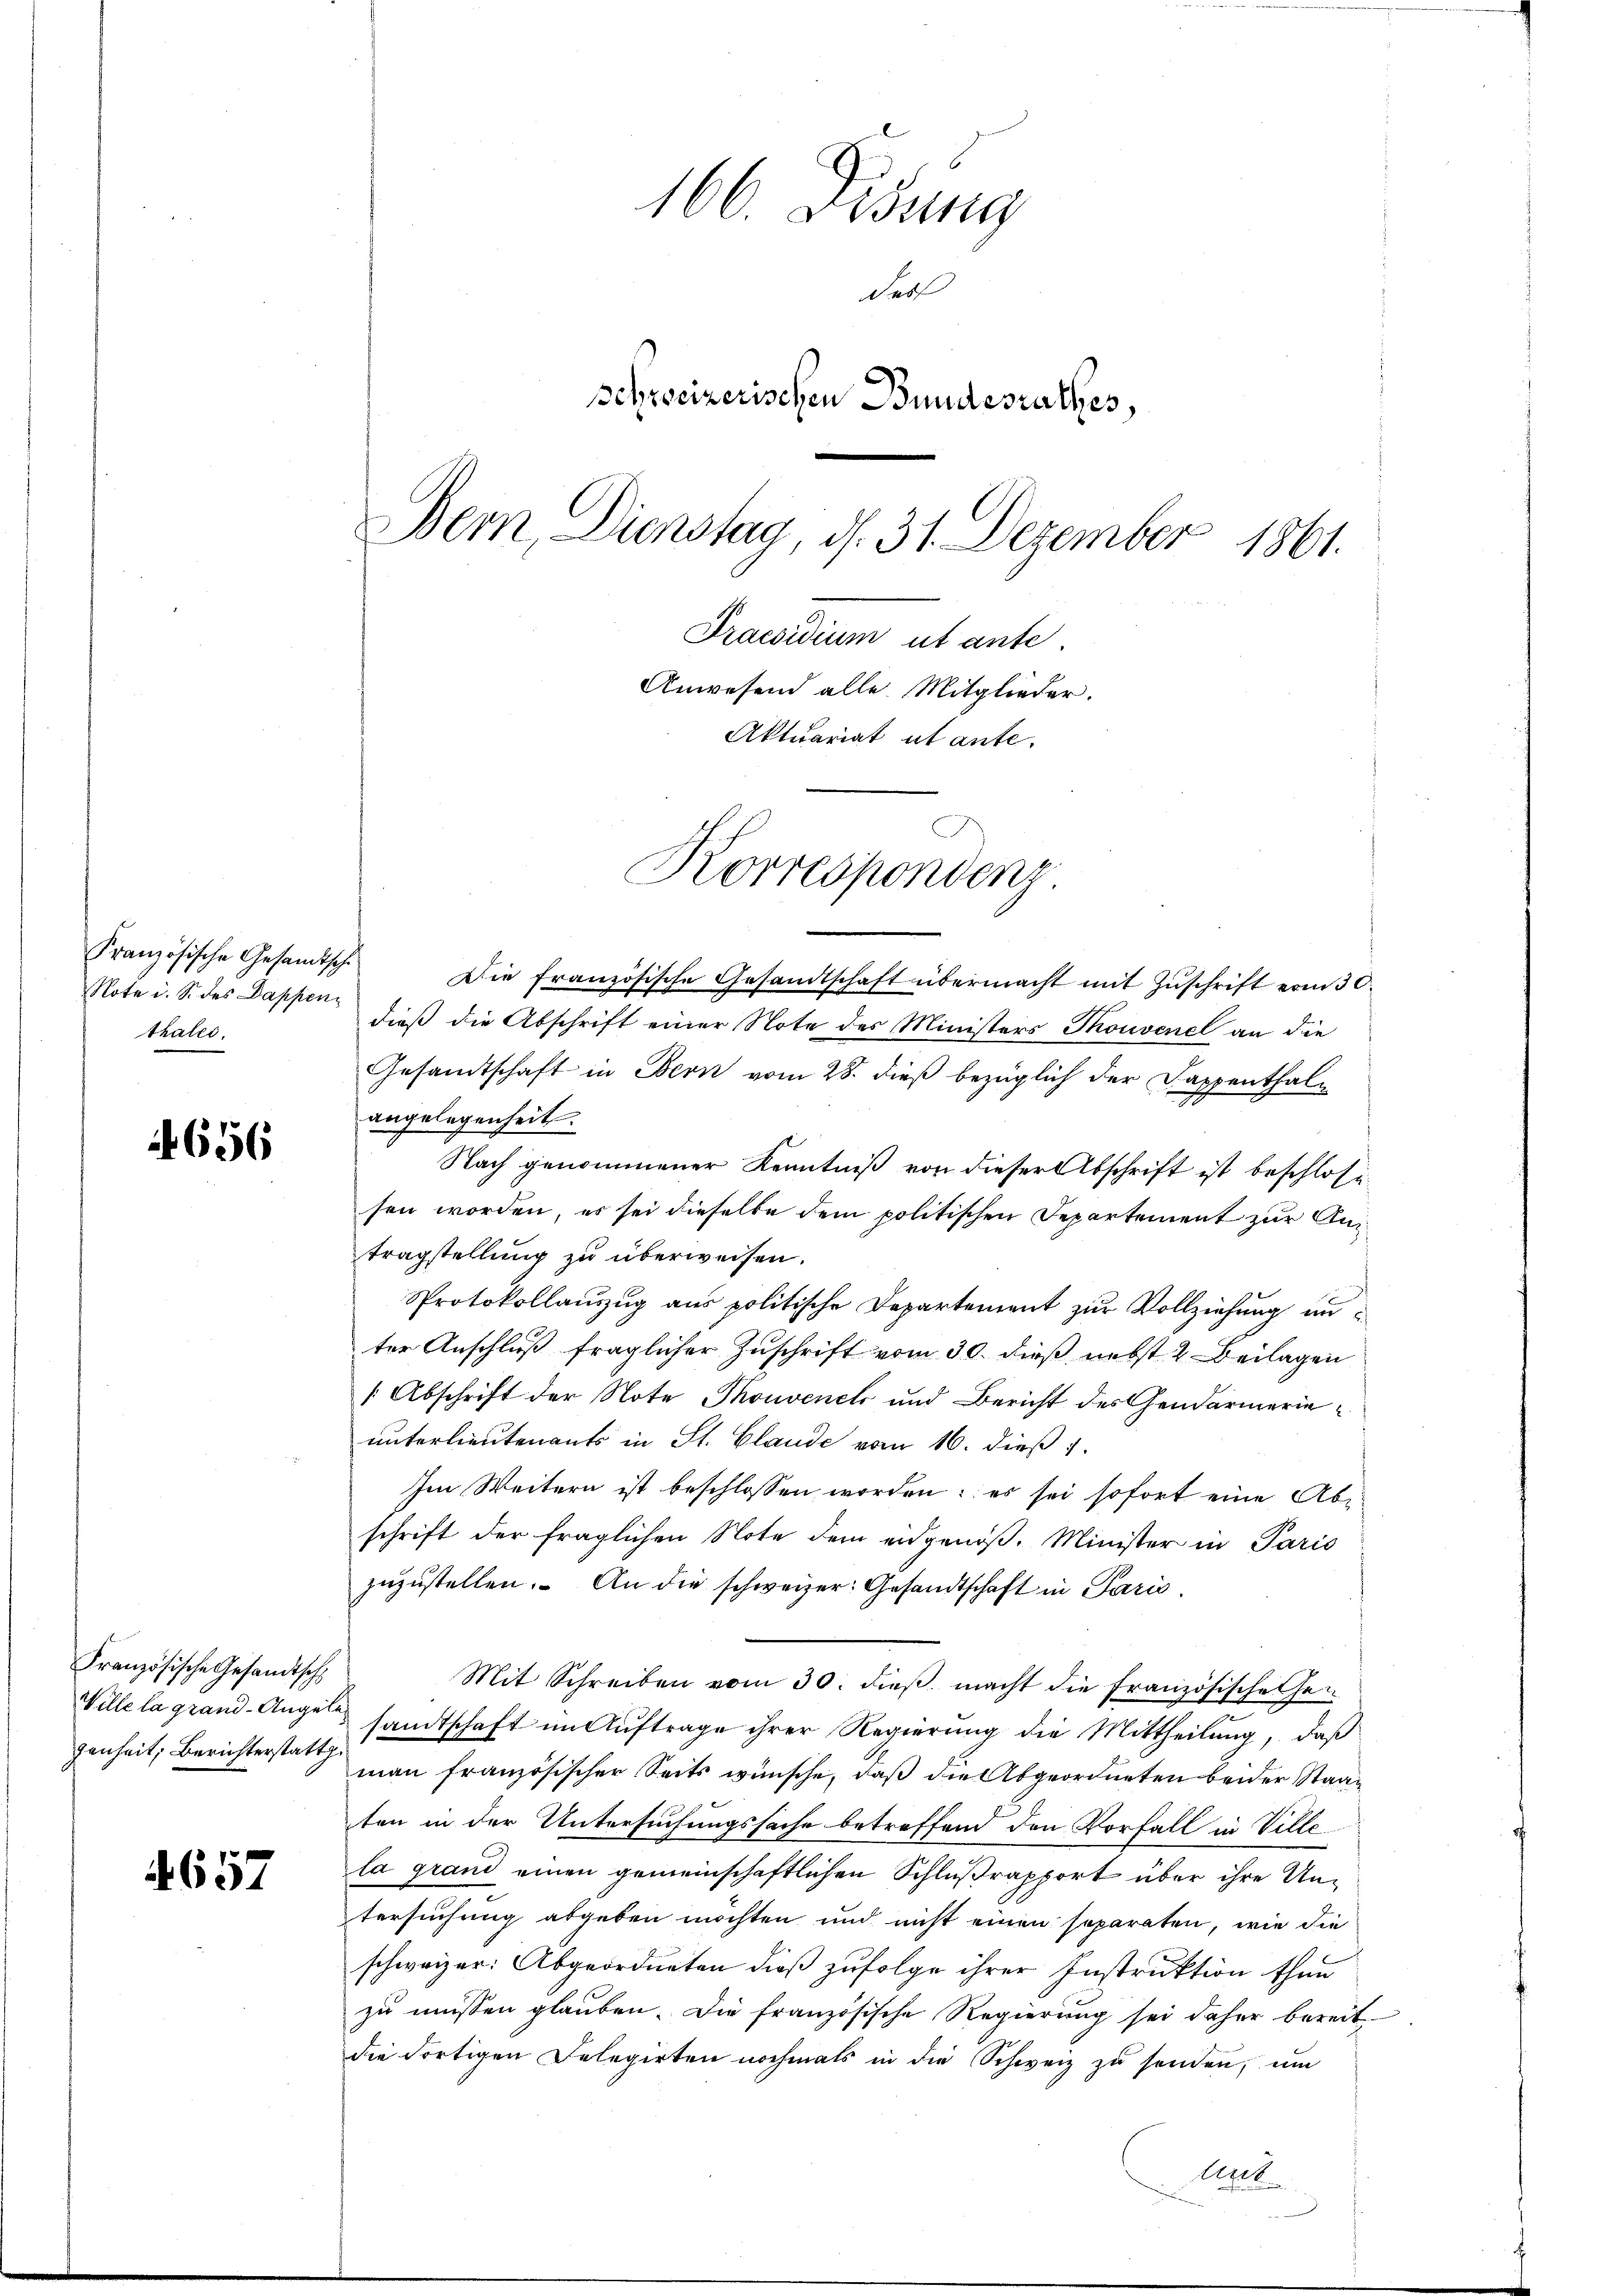
Französische Gesandtsche
Note i. S. des Dappen
thales.

656

Französische Gesandtsch
genheit; Berichterstatth.

4657

166. Didung
decl
Schreizerischen Bundesrathes,
Bern Dienstag, d. 31. Dezember 1861.
Praesidium ut ante
Anwesend alle Mitglieder.
Aktuariat ut ante.
Korrespondenz.

Die französische Gesandtschaft übermacht mit Zŭschrift vom 30.
dieß die Abschrift einer Note des Ministers Thouvenel an die
Gesandtschaft in Bern vom 28. dieß bezüglich der Kappenthale
angelegenheit.
Nach genommener Kenntniß von dieser Abschrift ist beschlose
sen worden, es sei dieselbe dem politischen Departement zur Antragstellung zu überweisen.
Protokollauszug aus politische Departement zur Vollziehung unter Anschluß fraglicher Zuschrift vom 30. dieß nebst 2 Beilagen
Abschrift der Note Thouvenet und Bericht des Gendarmerieunterlieutenants in St. Claude vom 16. dieß
Im Weitern ist beschlossen worden: es sei sofort eine Abschrift der fraglichen Note dem eidgenöß. Minister in Paris
zŭzŭstellen. An die schweizer: Gesandtschaft in Paris
Mit Schreiben vom 30. dieβ macht die Französischehen
Wille la grand. Angesamtschaft in Aŭftrage ihrer Regierŭng die Mittheilŭng, daβ
man französischer Seits wünsche, daß die Abgeordneten beider Staat
ten in der Untersuchungssache betreffend den Vorfall in Ville
la grand einen gemeinschaftlichen Schlußrapport über ihre Untersuchung abgeben möchten und nicht einen separaten, wie die
schweizer: Abgeordneten dieß zufolge ihrer Instruktion thun
zu müssen glauben. Die französische Regierung sei daher bereit
die dortigen Delegirten nochmals in die Schweiz zŭ senden, um
Art